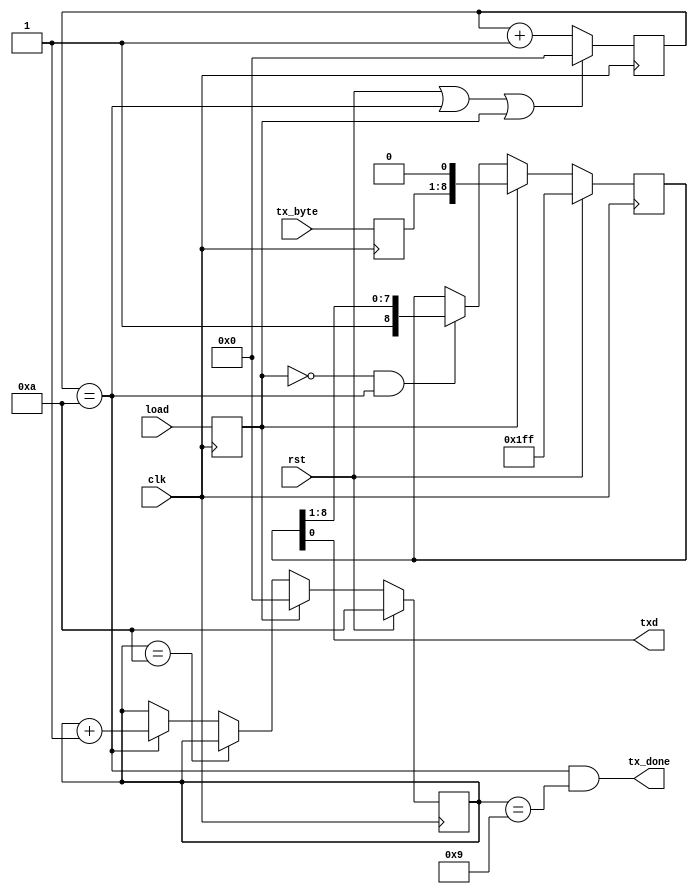
////////////////////////////////////////////////////////////////
//
// project  : uart
// function : interface rs232
// modifed  : 22.08.2019
// 
////////////////////////////////////////////////////////////////

`timescale 1ns / 100ps

/*
uart_tx 
#(
	.base_freq 		(base_freq		),
	.uart_speed 	(uart_speed		),
	.word_width		(word_width 	)
)
	uart_tx_inst
(
    .clk            (clk			), // in,  u[1],
    .rst            (rst			), // in,  u[1],
    .tx_byte		(tx_byte		), // in,  u[1],
    .load           (tx_start		), // in,  u[1],
    .txd            (tx				),	
    .tx_done		(tx_done		) 	
);
*/

module uart_tx
#(
	parameter base_freq 	= 100_000_000,
	parameter uart_speed 	= 10_000_000,
	parameter word_width 	= 8
)
( 
    input   wire               	 			clk,
    input   wire               	 			rst,
    input   wire    [ word_width-1 : 0 ]	tx_byte,
    input   wire                			load,
    output  wire                			txd,
    output  wire                			tx_done
);

function integer clogb2 (input integer bit_depth);              
begin                                                           
for(clogb2=0; bit_depth>0; clogb2=clogb2+1)                   
  bit_depth = bit_depth >> 1;                                 
end                                                           
endfunction  

localparam 	start_bit 	= 1;
localparam 	stop_bit 	= 1;
localparam	takt		=   base_freq/uart_speed;
localparam	lg_takt		=	clogb2(takt);
localparam	lg_wd		=	clogb2(word_width+start_bit+stop_bit);

reg     [ word_width 	: 0 ]   r_shift = {(word_width+1){1'b1}};
reg     [ word_width-1 	: 0 ]   r_byte	= 'd0;
reg     [ lg_takt-1 	: 0 ]   r_count	= 'd0;
reg                 			r_load	= 'd0;
reg 	[lg_wd-1:0] 			r_cnt_bits = word_width+start_bit+stop_bit;

assign txd 		= r_shift[0];
assign tx_done 	= r_count == takt && r_cnt_bits == word_width+start_bit+stop_bit-1;

//cnt transmitted bits
always @ (posedge clk)
begin
	
	 if(rst)
		r_cnt_bits <= word_width+start_bit+stop_bit;
	 else
	 if(r_load) 
		r_cnt_bits <= 'd0;
	else
	if(r_cnt_bits == word_width+start_bit+stop_bit)
		r_cnt_bits <= r_cnt_bits;
	else
	if(r_count == takt)
		r_cnt_bits <= r_cnt_bits + 1'b1;
	
	
end

always @ (posedge clk)
begin

    if (rst || r_count == takt || r_load) 
		r_count<=1'b0;  //    takt_1 
    else 
		r_count<=r_count+1'b1;								  				
    
    r_byte	<=	tx_byte;
    r_load	<=	load;

//=============================transmitter=======================================================
	if(rst) 
		r_shift <= {(word_width+1){1'b1}};
	else
    if (r_load==1'b1) 
		r_shift<={r_byte,1'b0};
    else 
	if (r_load==1'b0 & r_count==(takt)) 
		r_shift<={1'b1,r_shift[8:1]};
//===============================================================================================

end	

endmodule